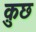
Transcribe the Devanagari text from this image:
क़ुछ